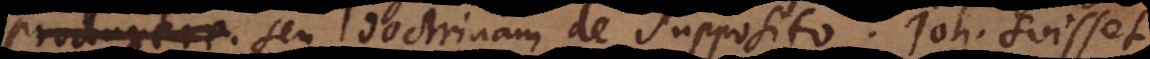
produxere. seu doctrinam de supposito. Joh. Suisset